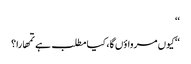
‘‘
‘‘کیوں مرواؤں گا، کیا مطلب ہے تمھارا؟